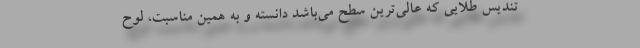
تندیس طلایی که عالی‌ترین سطح می‌باشد دانسته و به همین مناسبت، لوح